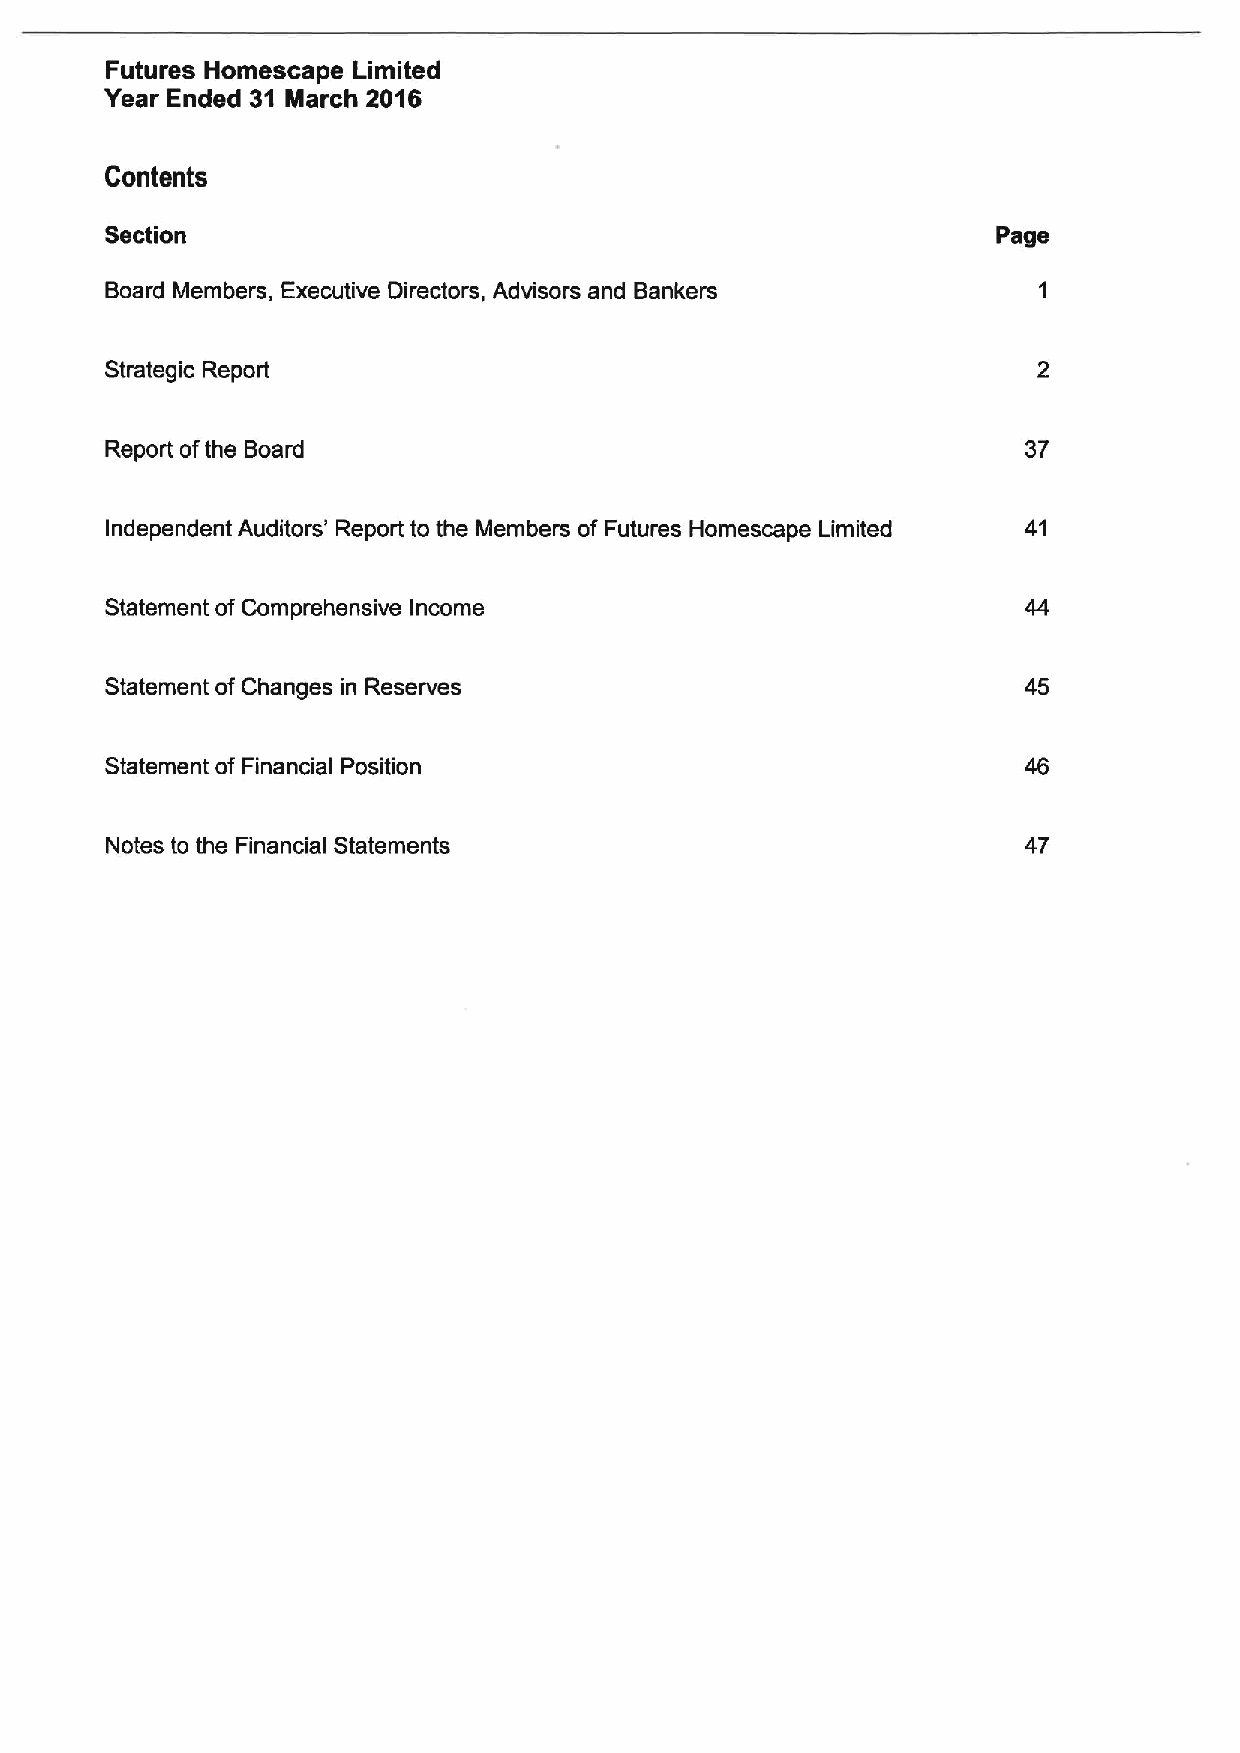
Futures Homescape Limited
 Year Ended 31 March 2016
 Contents
 Section                                                    Page
 Board Members, Executive Directors, Advisors and Bankers
 Strategic Report
 Report ofthe Board                                           37
 Independent Auditors' Report to the Members of Futures Homescape Limited 41
 Statement of Comprehensive Income                            44
 Statement of Changes in Reserves                             45
 Statement of Financial Position                              46
 Notes to the Financial Statements                            47